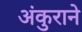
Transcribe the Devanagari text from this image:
अंकुराने